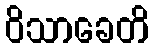
ဝိသာခေတိ